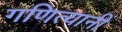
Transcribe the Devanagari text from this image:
गणित्यानीं